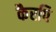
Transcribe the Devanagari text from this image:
कैरपि